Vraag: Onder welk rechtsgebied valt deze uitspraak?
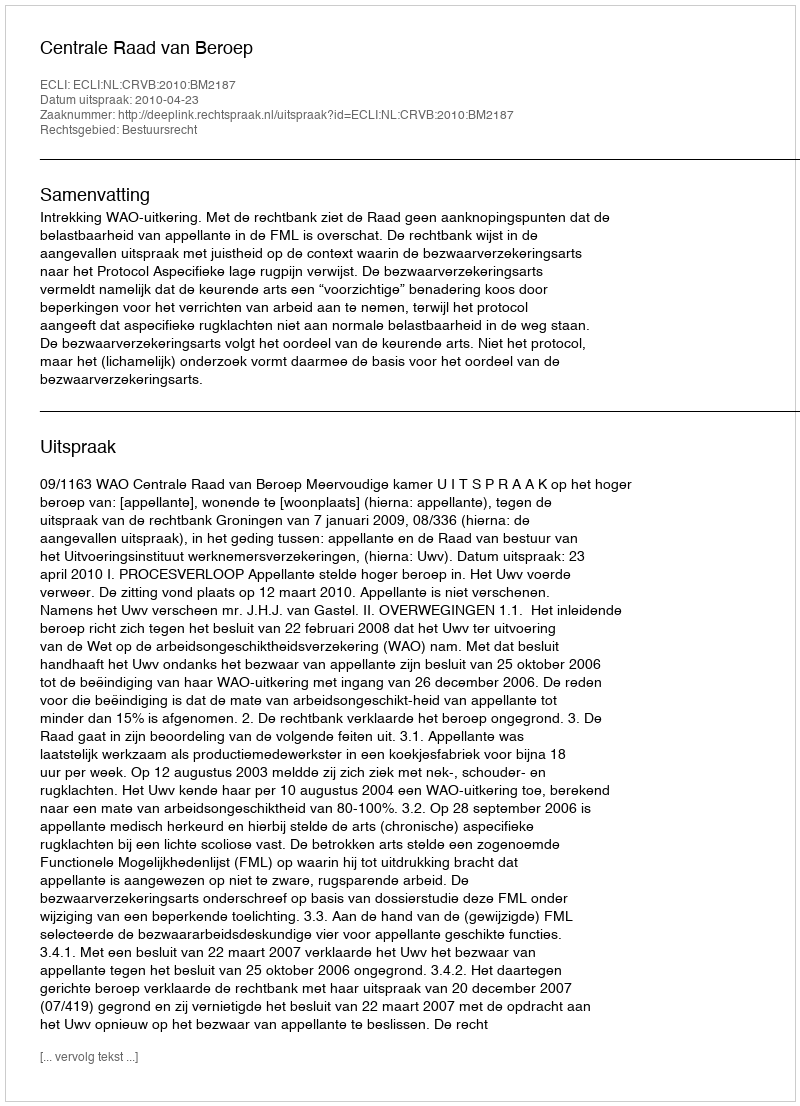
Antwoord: Bestuursrecht